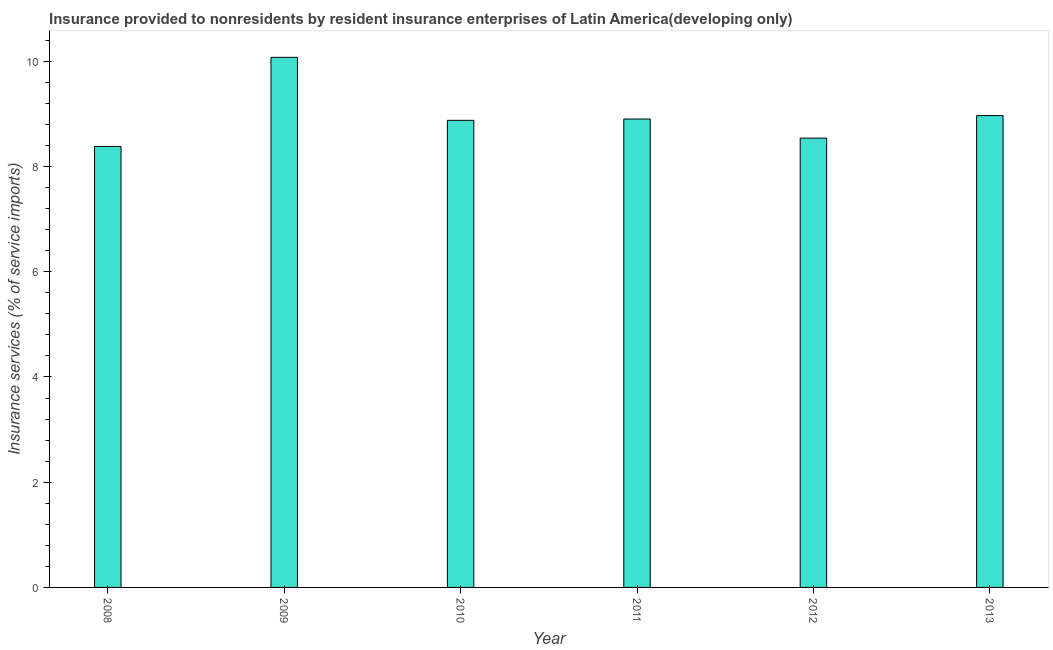
| Year | Insurance and financial services |
 | --- | --- |
 | 2008 | 8.38 |
 | 2009 | 10.1 |
 | 2010 | 8.88 |
 | 2011 | 8.9 |
 | 2012 | 8.54 |
 | 2013 | 8.97 |